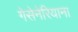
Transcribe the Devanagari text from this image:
गेसेनेरियाना